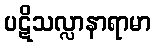
ပဋိသလ္လာနာရာမာ